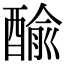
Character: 䤅